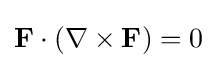
\mathbf {F} \cdot (\nabla \times \mathbf {F} )=0